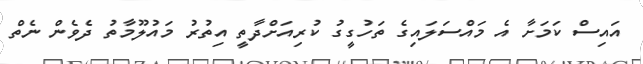
އައިސް ކަމަށާ އެ މައްސަލައިގެ ތަހުގީގު ކުރިއަށްދާތީ އިތުރު މައުލޫމާތު ދެވެން ނެތް